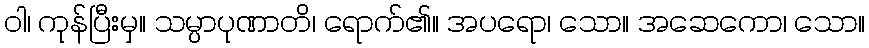
ဝါ၊ ကုန်ပြီးမှ။ သမ္ပာပုဏာတိ၊ ရောက်၏။ အပရော၊ သော။ အဆေကော၊ သော။